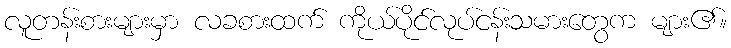
လူတန်းစားများမှာ လခစားထက် ကိုယ်ပိုင်လုပ်ငန်းသမားတွေက များ၏။